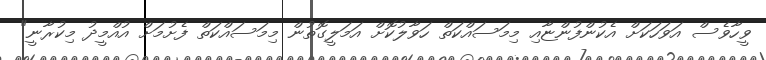
ވީހާވެސް އަވަހަކަށް އެކުންފުންޏާއި މިމަސައްކަތް ހަވާލުކޮށް އަމަލީގޮތުން މިމަސައްކަތް ފެށުމަށް އުއްމީދު މިކުރާނީ"